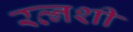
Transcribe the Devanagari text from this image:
रत्नशी